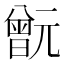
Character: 𣍎